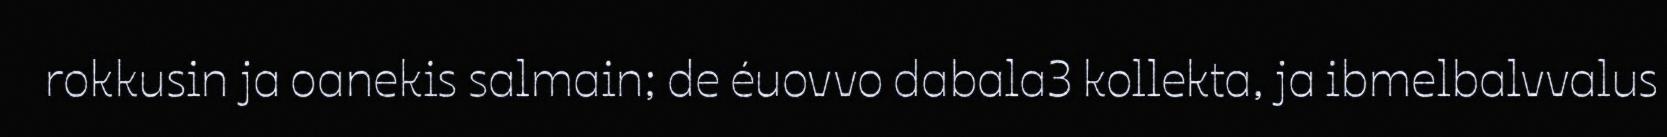
rokkusin ja oanekis salmain; de éuovvo dabala3 kollekta, ja ibmelbalvvalus